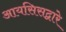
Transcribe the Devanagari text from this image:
आयसिसद्वारे